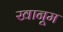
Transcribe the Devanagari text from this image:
खानूम